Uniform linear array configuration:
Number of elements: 32
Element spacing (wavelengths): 0.5
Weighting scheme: exponential
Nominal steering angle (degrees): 30
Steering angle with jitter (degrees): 30.468
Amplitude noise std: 0.05
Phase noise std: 0.05

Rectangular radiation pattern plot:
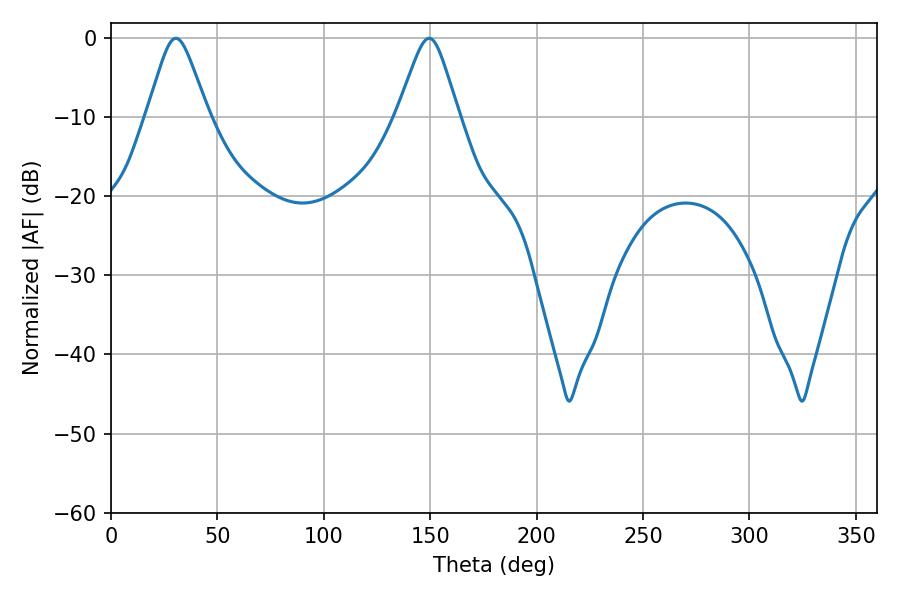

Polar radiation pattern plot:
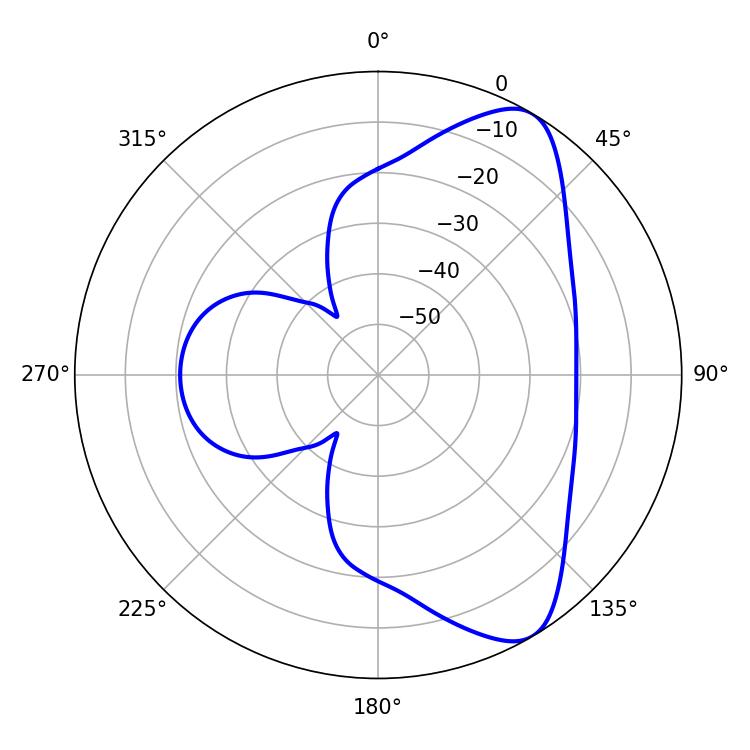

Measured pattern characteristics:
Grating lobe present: FALSE
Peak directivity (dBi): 8.166
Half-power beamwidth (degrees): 13.5
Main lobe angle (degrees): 30.42